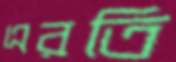
এরতি